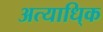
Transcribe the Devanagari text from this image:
अत्याधि्क